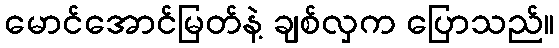
မောင်အောင်မြတ်နဲ့ ချစ်လှက ပြောသည်။